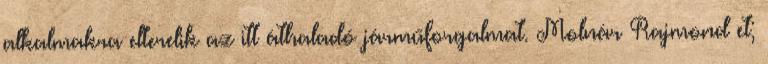
alkalmakra elterelik az itt áthaladó járműforgalmat. Molnár Rajmond et;